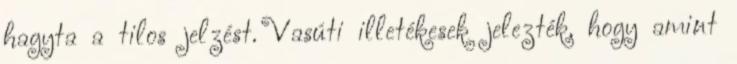
hagyta a tilos jelzést. Vasúti illetékesek jelezték, hogy amint